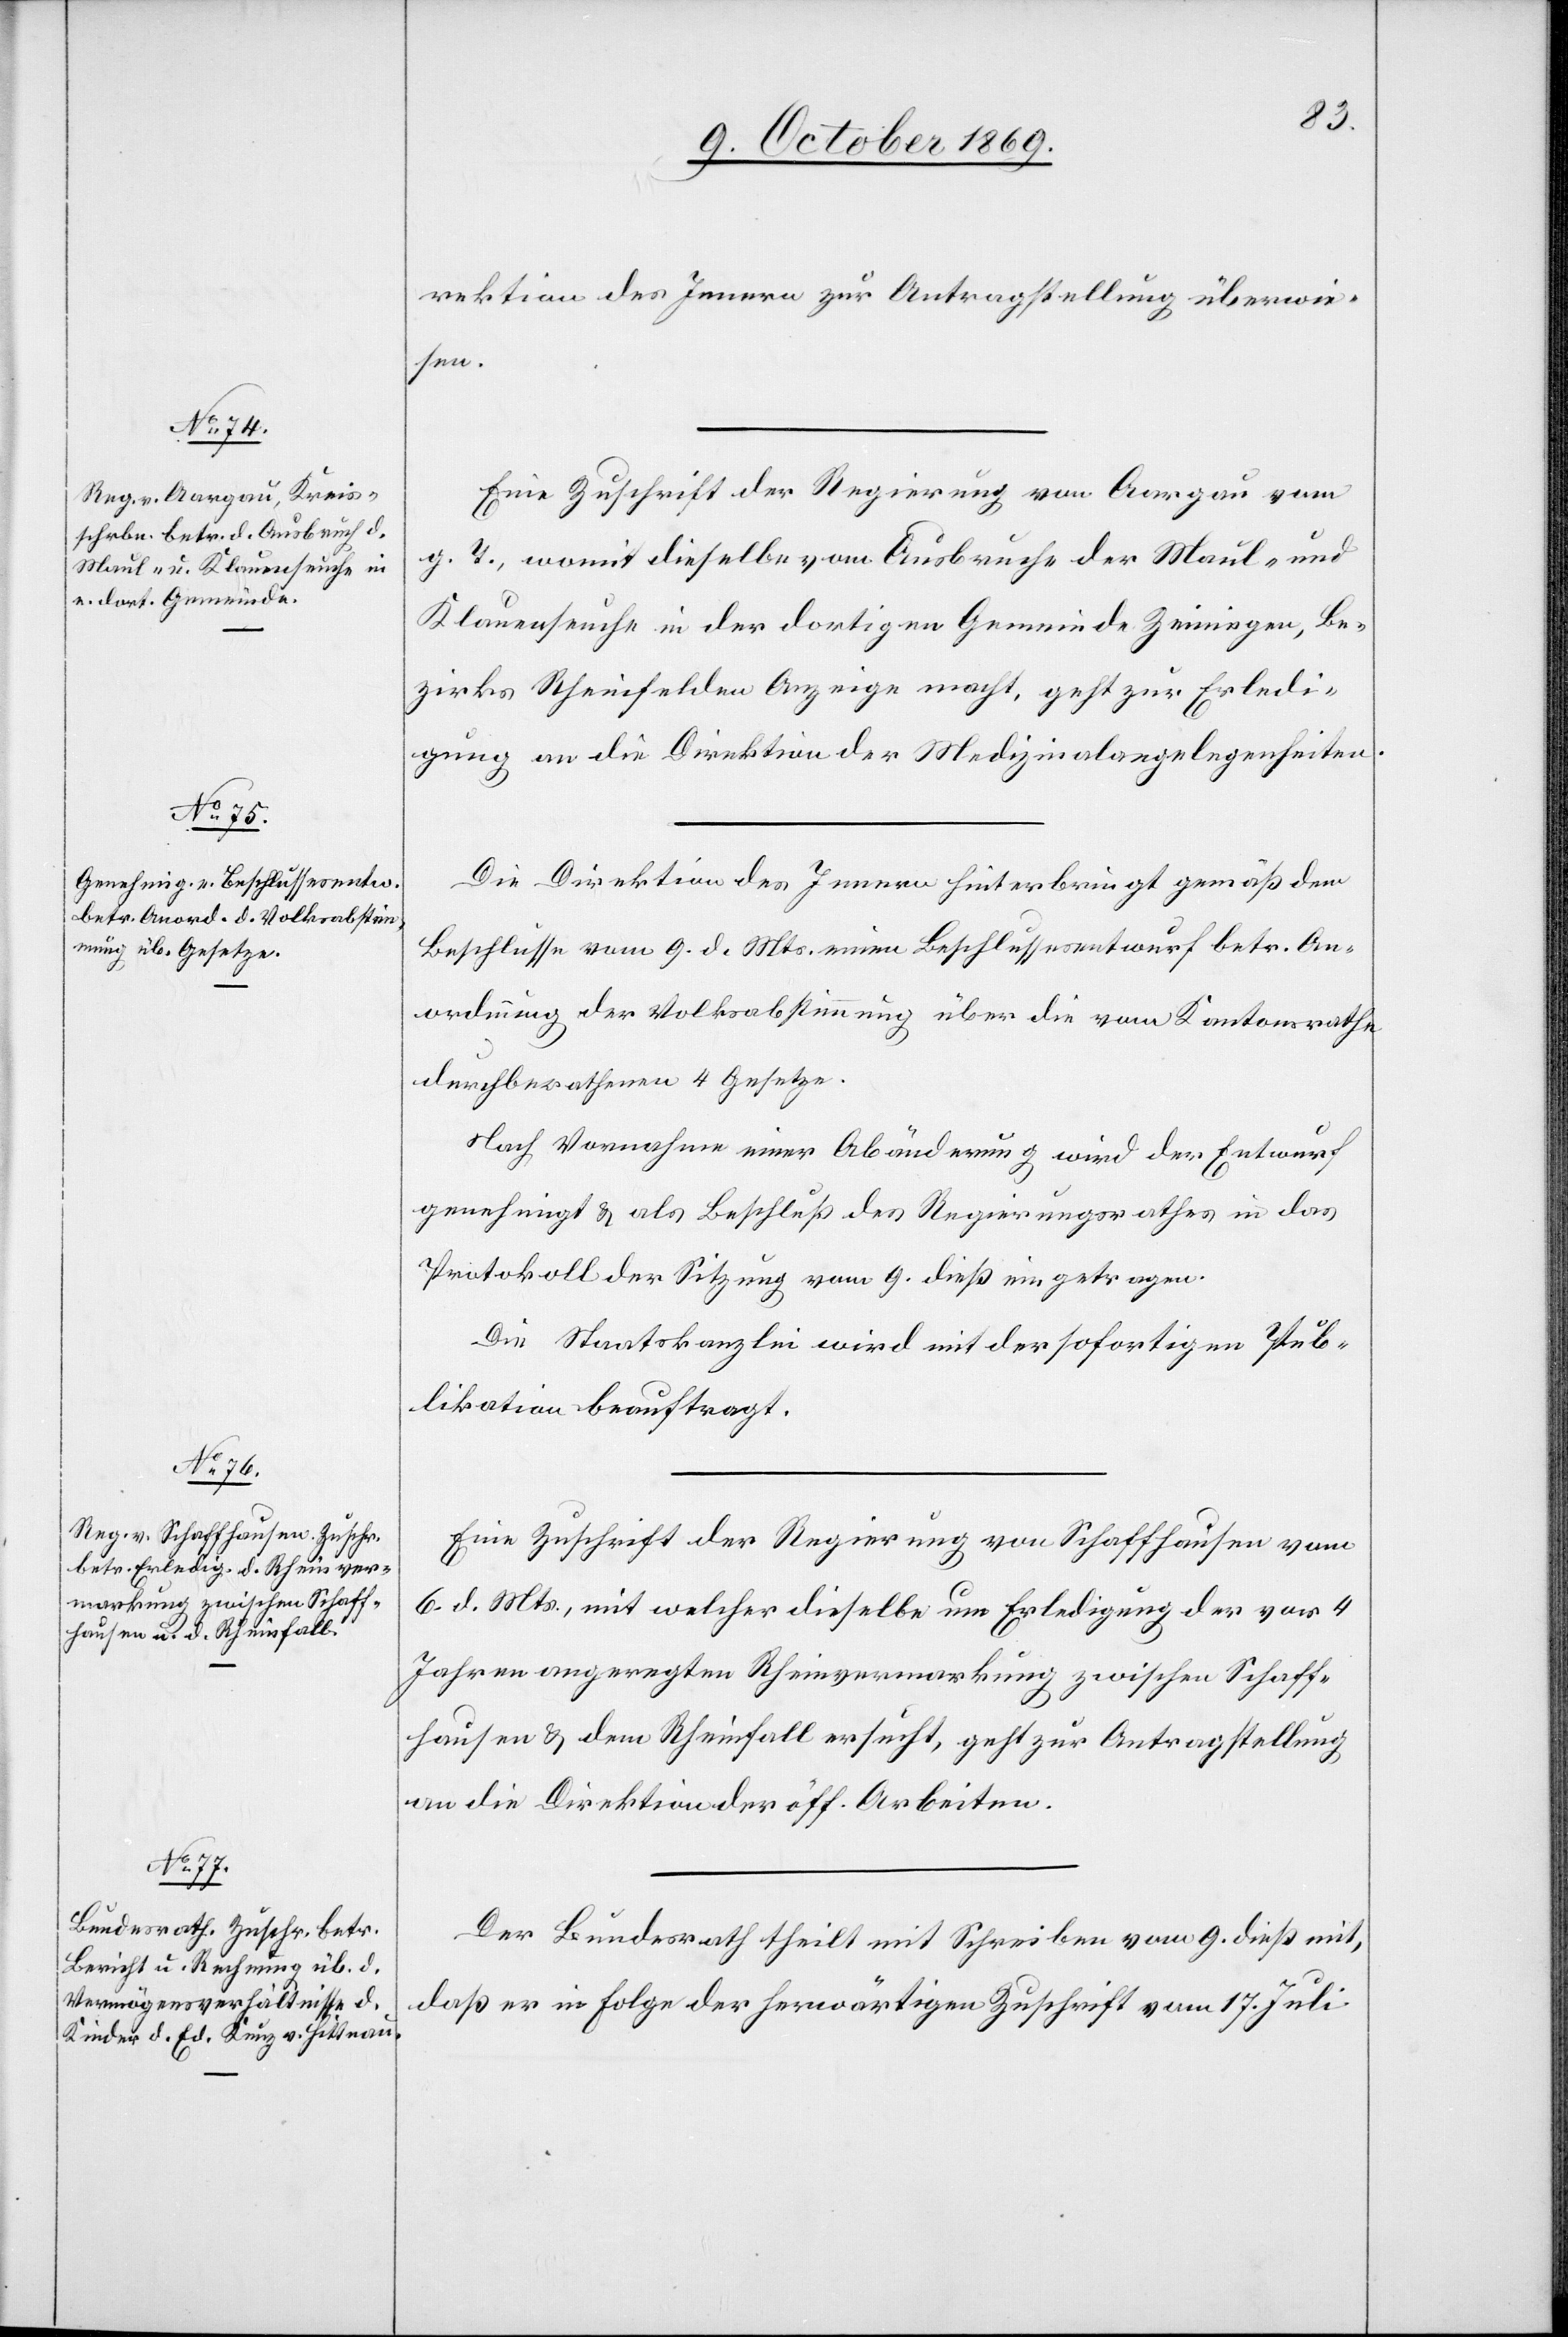
12. October 1869.]
rektion des Innern zur Antragstellung überwie¬
sen.
Eine Zuschrift der Regierung von Aargau vom
g. T., womit dieselbe vom Ausbruche der Maul- und
Klauenseuche in der dortigen Gemeinde Zeiningen, Be¬
zirks Rheinfelden Anzeige macht, geht zur Erledi¬
gung an die Direktion der Medizinalangelegenheiten.
Die Direktion des Innern hinterbringt gemäß dem
Beschlusse vom 9. d. Mts. einen Beschlussesentwurf betr. An¬
ordnung der Volksabstimmung über die vom Kantonsrathe
durchberathenen 4 Gesetze.
Nach Vornahme einer Abänderung wird der Entwurf
genehmigt & als Beschluß des Regierungsrathes in das
Protokoll der Sitzung vom 9. dieß eingetragen.
Die Staatskanzlei wird mit der sofortigen Pub¬
likation beauftragt.
Eine Zuschrift der Regierung von Schaffhausen vom
6. d. Mts., mit welcher dieselbe um Erledigung der vor 4
Jahren angeregten Rheinvermarkung zwischen Schaff¬
hausen & dem Rheinfall ersucht, geht zur Antragstellung
an die Direktion der öff. Arbeiten.
Der Bundesrath theilt mit Schreiben vom 9. dieß mit,
daß er in Folge der herwärtigen Zuschrift vom 17. Juli